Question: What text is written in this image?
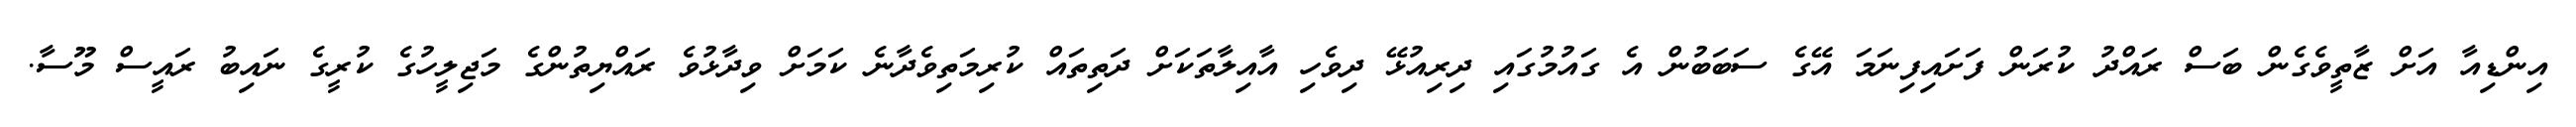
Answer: އިންޑިއާ އަށް ޒާތީވެގެން ބަސް ރައްދު ކުރަން ފަށައިފިނަމަ އޭގެ ސަބަބުން އެ ގައުމުގައި ދިރިއުޅޭ ދިވެހި އާއިލާތަކަށް ދަތިތައް ކުރިމަތިވެދާނެ ކަމަށް ވިދާޅުވެ ރައްޔިތުންގެ މަޖިލީހުގެ ކުރީގެ ނައިބު ރައީސް މޫސާ.